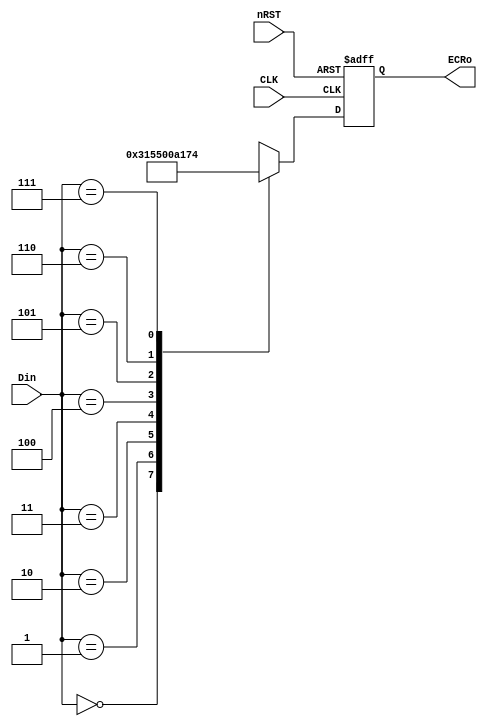
module ENCRIP(nRST,CLK,Din,ECRo);

input nRST, CLK;
input [2:0] Din;
output reg [4:0] ECRo;
wire [4:0] addr [7:0];

assign addr[0]=6;
assign addr[1]=5;
assign addr[2]=10;
assign addr[3]=16;
assign addr[4]=1;
assign addr[5]=8;
assign addr[6]=11;
assign addr[7]=20;

always @(posedge CLK,negedge nRST) begin
	if(!nRST) ECRo <=0;
	else begin
		case(Din)
			0: ECRo<=addr[0];
			1: ECRo<=addr[1];
			2: ECRo<=addr[2];
			3: ECRo<=addr[3];
			4: ECRo<=addr[4];
			5: ECRo<=addr[5];
			6: ECRo<=addr[6];
			7: ECRo<=addr[7];
		endcase
	end
end

endmodule